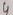
Text: 4